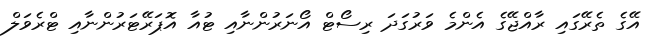
އޭގެ ތެރޭގައި ރާއްޖޭގެ އެންމެ ވަރުގަދަ ރިސޯޓް އޯނަރުންނާއި ޓުއާ އޮޕަރޭޓަރުންނާއި ޓްރެވަލް